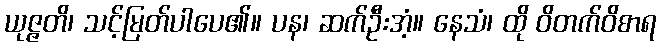
ယုဇ္ဇတိ၊ သင့်မြတ်ပါပေ၏။ ပန၊ ဆက်ဦးအံ့။ နေသံ၊ ထို ဝိတက်ဝိစာရ